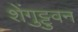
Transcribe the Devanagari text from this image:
शेंगुट्टुवन